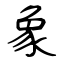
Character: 象